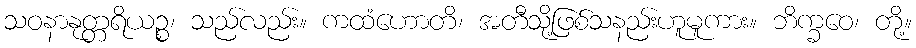
သဝနာနုတ္တရိယဉ္စ၊ သည်လည်း။ ကထံဟောတိ၊ အတီသို့ဖြစ်သနည်းဟူမူကား။ ဘိက္ခဝေ၊ တို့။